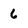
Character: 6